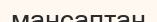
мансаптан